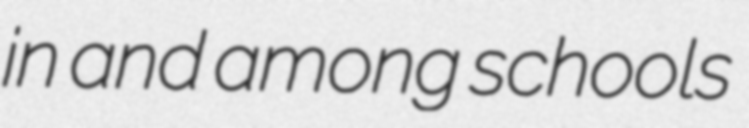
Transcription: in and among schools